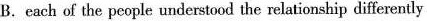
B.each of the people understood the relationship differently